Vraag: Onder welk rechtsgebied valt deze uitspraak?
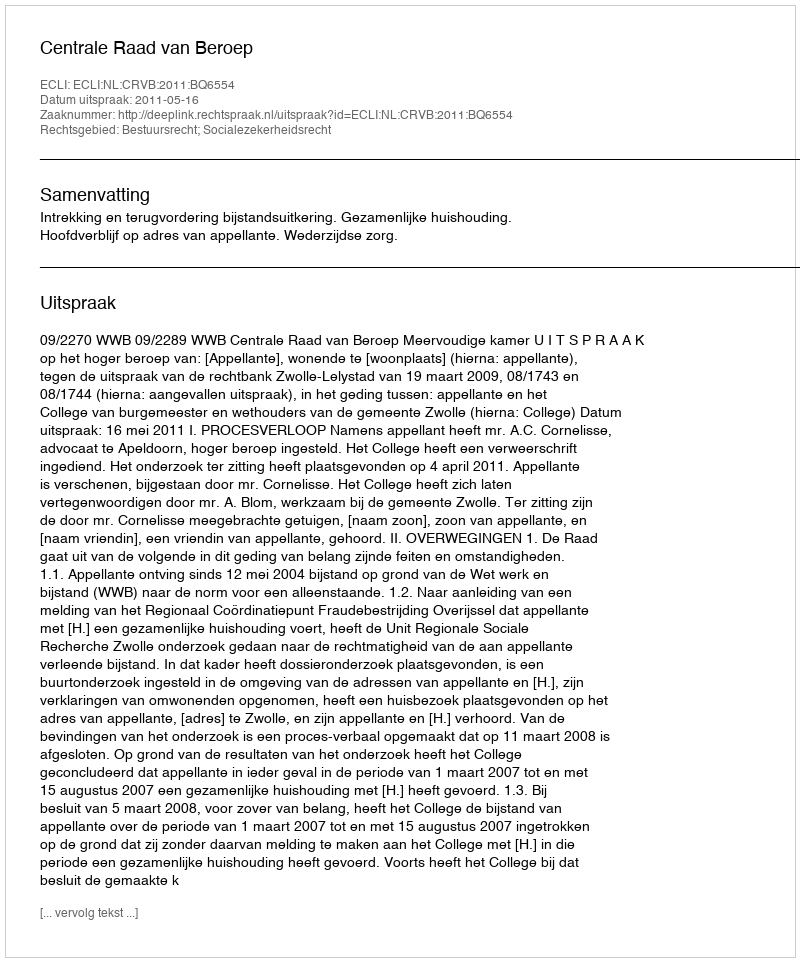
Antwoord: Bestuursrecht; Socialezekerheidsrecht